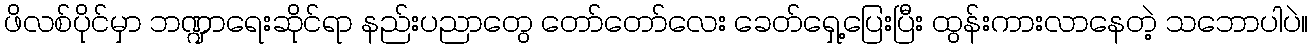
ဖိလစ်ပိုင်မှာ ဘဏ္ဍာရေးဆိုင်ရာ နည်းပညာတွေ တော်တော်လေး ခေတ်ရှေ့ပြေးပြီး ထွန်းကားလာနေတဲ့ သဘောပါပဲ။